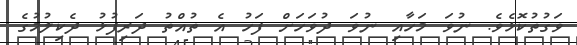
ވަގުތުކޮޅެވެ. ނުވަ މަހާއި ނުވަ ދުވަހަށް ފަހު އެ ތުއްތު ދަރިފުޅު ދެކިލުމުގެ